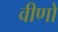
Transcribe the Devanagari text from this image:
वीणो